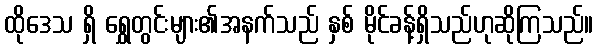
ထိုဒေသ ရှိ ရွှေတွင်းများ၏အနက်သည် နှစ် မိုင်ခန့်ရှိသည်ဟုဆိုကြသည်။